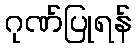
ဂုဏ်ပြုရန်